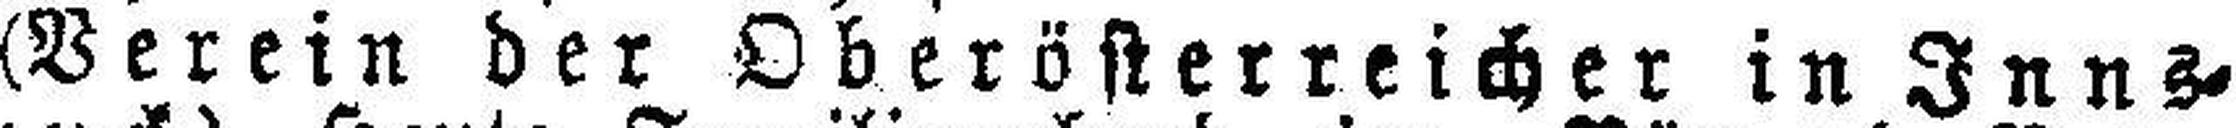
(Verein der Oberösterreicher in Inns¬